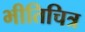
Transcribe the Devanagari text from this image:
भीतिचित्र